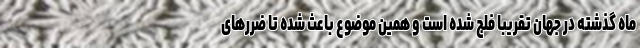
ماه گذشته در جهان تقریبا فلج شده است و همین موضوع باعث شده تا ضررهای